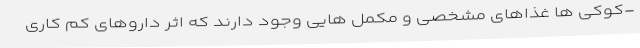
-کوکی ها غذاهای مشخصی و مکمل هایی وجود دارند که اثر داروهای کم کاری